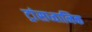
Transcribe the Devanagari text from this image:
ट्रांसध्वानिक